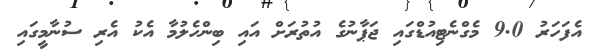
އެފަހަރު 9.0 މެގްނެޓިއުޑްގައި ޖަޕާނުގެ އުތުރަށް އައި ބިންހެލުމާ އެކު އެރި ސުނާމީގައި